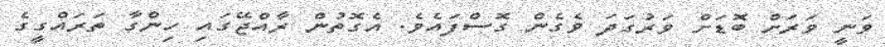
ވަނީ ވަރަށް ބޮޑަށް ވަރުގަދަ ވެގެން ގޮސްފައެވެ. އެގޮތުން ރާއްޖޭގައި ހިންގާ ތަރައްގީގެ